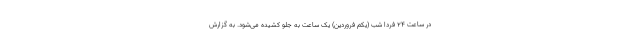
در ساعت ۲۴ فردا شب (یکم فروردین) یک ساعت به جلو کشیده می‌شود. به گزارش